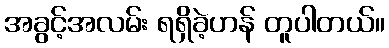
အခွင့်အလမ်း ရရှိခဲ့ဟန် တူပါတယ်။